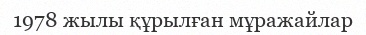
1978 жылы құрылған мұражайлар